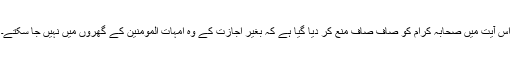
اس آیت میں صحابہ کرام کو صاف صاف منع کر دیا گیا ہے کہ بغیر اجازت کے وہ امہات المومنین کے گھروں میں نہیں جا سکتے۔